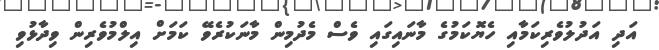
އަދި އަދުލުވެރިކަމާއި ހެޔޮކަމުގެ މާނައިގައި ވެސް މެދުމިން މާނަކުރެވޭ ކަމަށް އިލްމުވެރިން ވިދާޅުވި